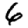
Digit: 6